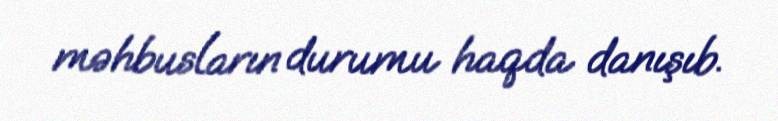
məhbusların durumu haqda danışıb.